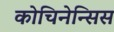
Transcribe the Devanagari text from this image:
कोचिनेन्सिस